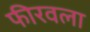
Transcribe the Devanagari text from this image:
फीरवला